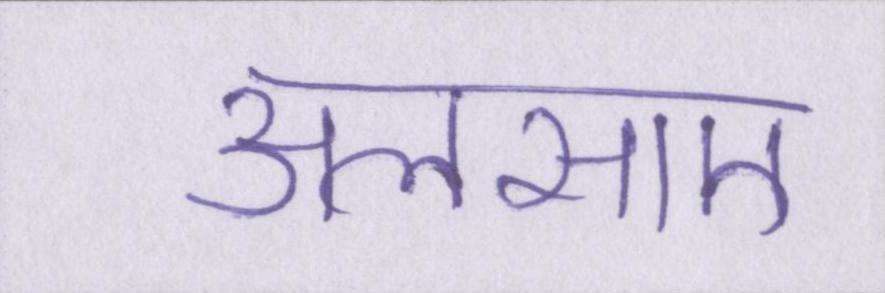
अलसाए